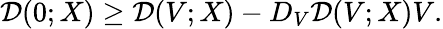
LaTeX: \mathcal{D}(0;X)\ge\mathcal{D}(V;X)-D_{V}\mathcal{D}(V;X)V.